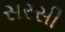
સરસી